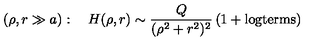
\left( \rho , r \gg a \right) : \quad H ( \rho , r ) \sim \frac { Q } { ( \rho ^ { 2 } + r ^ { 2 } ) ^ { 2 } } \left( 1 + \mathrm { l o g t e r m s } \right)